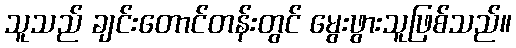
သူသည် ချင်းတောင်တန်းတွင် မွေးဖွားသူဖြစ်သည်။